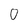
Character: 0